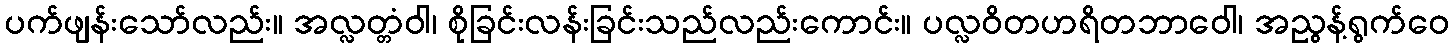
ပက်ဖျန်းသော်လည်း။ အလ္လတ္တံဝါ၊ စိုခြင်းလန်းခြင်းသည်လည်းကောင်း။ ပလ္လဝိတဟရိတဘာဝေါ၊ အညွန့်ရွက်ဝေ